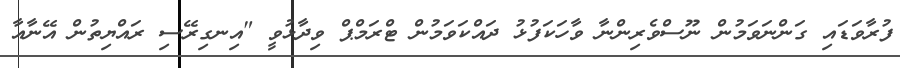
ފުރާވަޑައި ގަންނަވަމުން ނޫސްވެރިންނާ ވާހަކަފުޅު ދައްކަވަމުން ޓްރަމްޕް ވިދާޅުވީ "އިނގިރޭސި ރައްޔިތުން އޭނާއާ